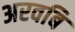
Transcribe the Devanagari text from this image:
अरवबि